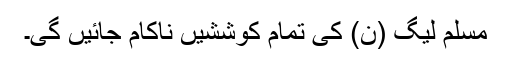
مسلم لیگ (ن) کی تمام کوششیں ناکام جائیں گی۔